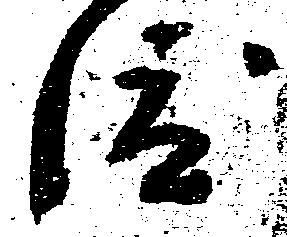
渡